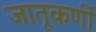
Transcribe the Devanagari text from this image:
जातूकर्णी